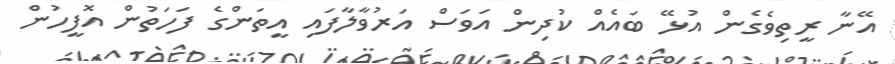
އޭނާ ރީތިވެގެން އުޅޭ ބައެއް ކުދިން އަވަސް އަރުވާލާފައި އީތަންގެ ފަހަތުން އޮފީހުން